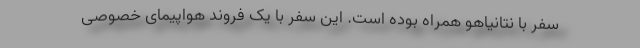
سفر با نتانیاهو همراه بوده است. این سفر با یک فروند هواپیمای خصوصی